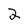
Character: 2